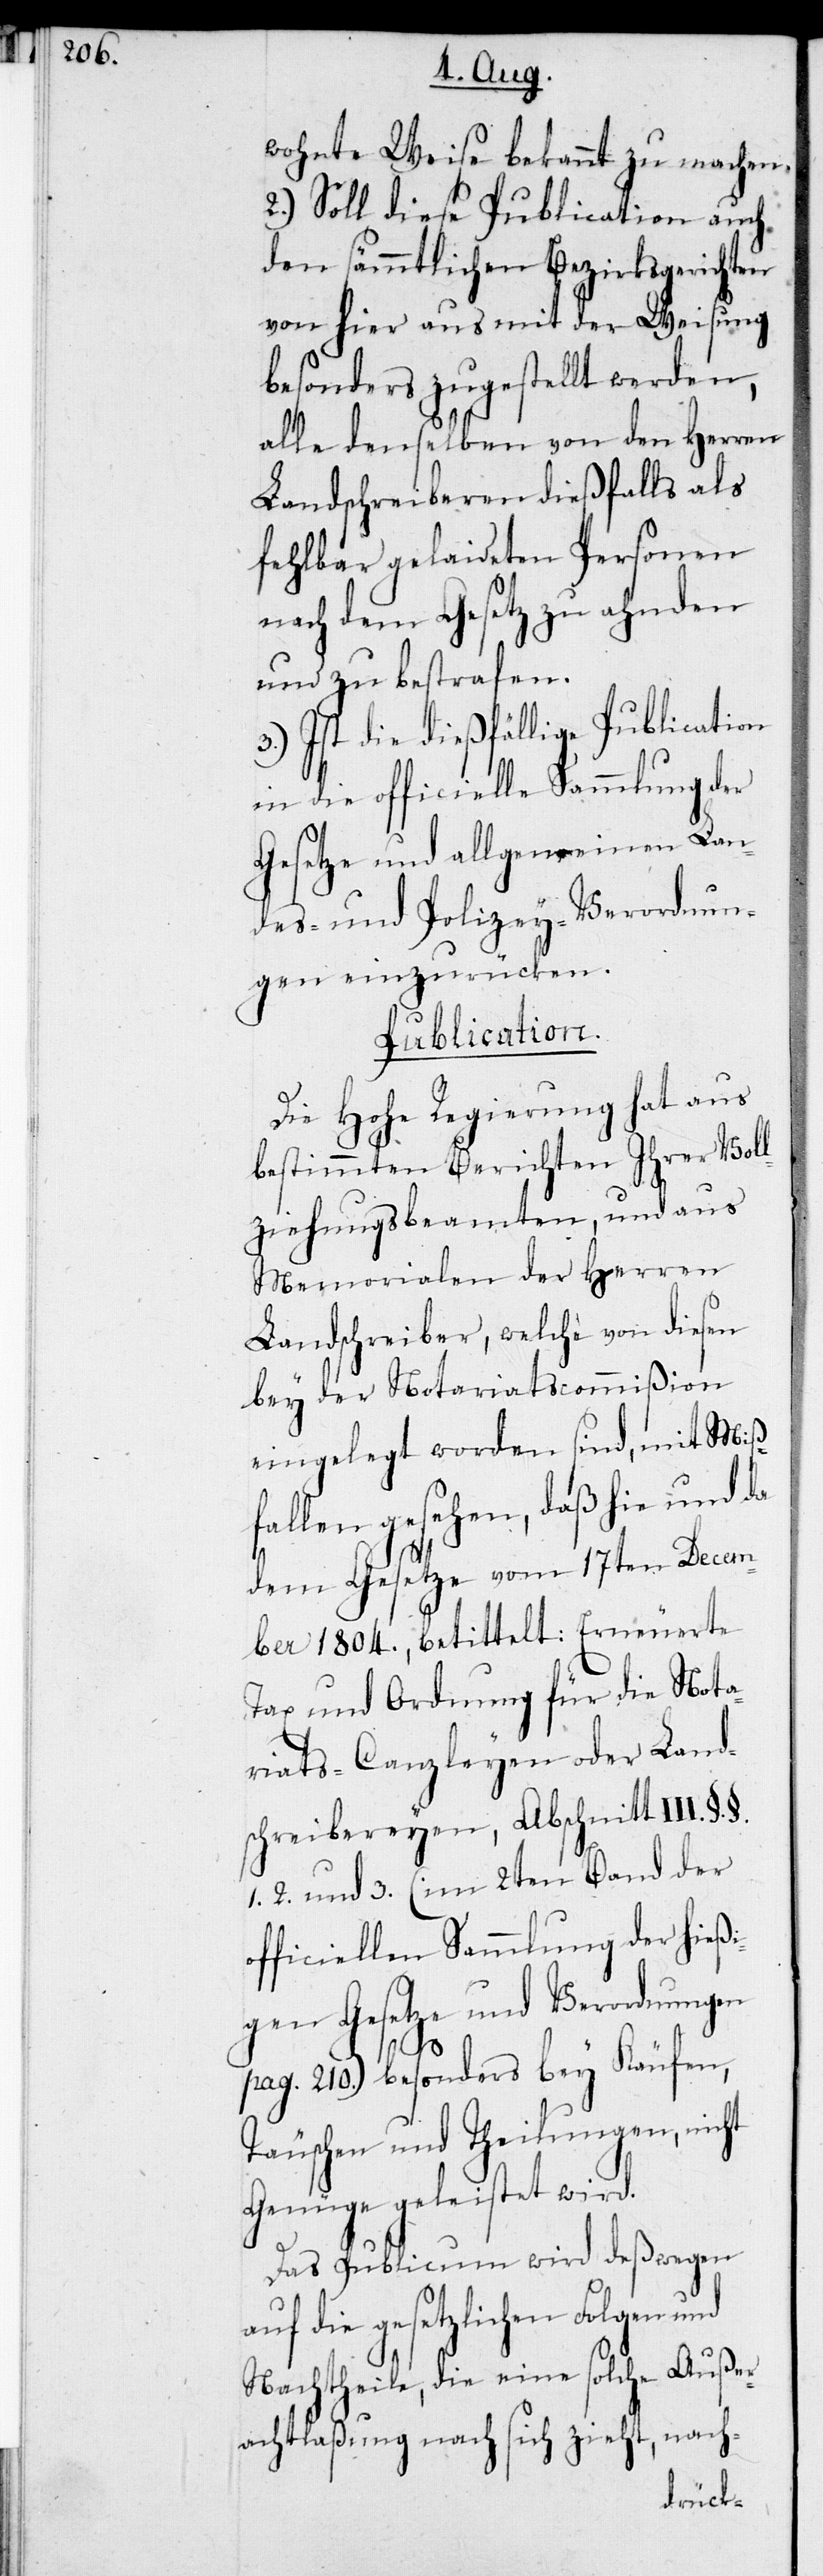
wohnte Weise bekannt zu machen.
2.) Soll diese Publication auch
den sämmtlichen Bezirksgerichten
von hier aus mit der Weisung
besonders zugestellt werden,
alle denselben von den Herren
Landschreiberen dießfalls als
fehlbar gelaideten Personen
nach dem Gesetz zu ahnden
und zu bestrafen.
3.) Ist die dießfällige Publication
in die officielle Sammlung der
Gesetze und allgemeinen Lan¬
des- und Polizey-Verordnun¬
gen einzurücken.
Publication.
Die Hohe Regierung hat aus
bestimmten Berichten Ihrer Voll¬
ziehungsbeamten, und aus
Memorialen der Herren
Landschreiber, welche von diesen
bey der Notariatscommißion
eingelegt worden sind, mit Miß¬
fallen gesehen, daß hie und da
dem Gesetze vom 17ten Decem¬
ber 1804., betittelt: Erneuerte
Tax und Ordnung für die Nota¬
riats-Canzleyen oder Land¬
schreibereyen, Abschnitt III. §.
1., 2. und 3. (im 2ten Band der
officiellen Sammlung der hießi¬
gen Gesetze und Verordnungen
pag. 210.) besonders bey Käufen,
Täuschen und Theilungen, nicht
Genüge geleistet wird.
Das Publicum wird deßwegen
auf die gesetzlichen Folgen und
Nachtheile, die eine solche Außer¬
achtlaßung nach sich zieht, nach-